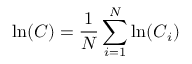
\ln ( \boldsymbol { C } ) = \frac { 1 } { N } \sum _ { i = 1 } ^ { N } \ln ( \boldsymbol { C } _ { i } )